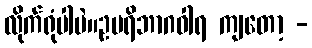
လိုက်ရုံပါပဲ။ဥပရိဘာဂဝါရ ကျတော့ -